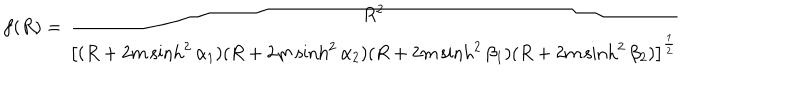
LaTeX: f ( R ) = \frac { R ^ { 2 } } { \left[ ( R + 2 m \sinh ^ { 2 } \alpha _ { 1 } ) ( R + 2 m \sinh ^ { 2 } \alpha _ { 2 } ) ( R + 2 m \sinh ^ { 2 } \beta _ { 1 } ) ( R + 2 m \sinh ^ { 2 } \beta _ { 2 } ) \right] ^ { \frac 1 2 } }